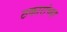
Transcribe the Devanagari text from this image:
ठकारांच्या